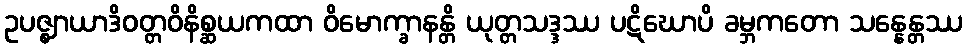
ဥပဇ္ဈာယာဒိဝတ္တဝိနိစ္ဆယကထာ ဝိမောက္ခာနန္တိ ယုတ္တသဒ္ဒဿ ပဋိဃောပိ ခမ္ဘကတော သန္နေန္တဿ